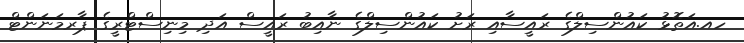
ހއ.އަތޮޅު ކައުންސިލްގެ ރައީސާއި ރަށު ކައުންސިލްގެ ނާއިބު ރައީސް އަދި މިނިސްޓްރީގެ ޕާރމަނަންޓް